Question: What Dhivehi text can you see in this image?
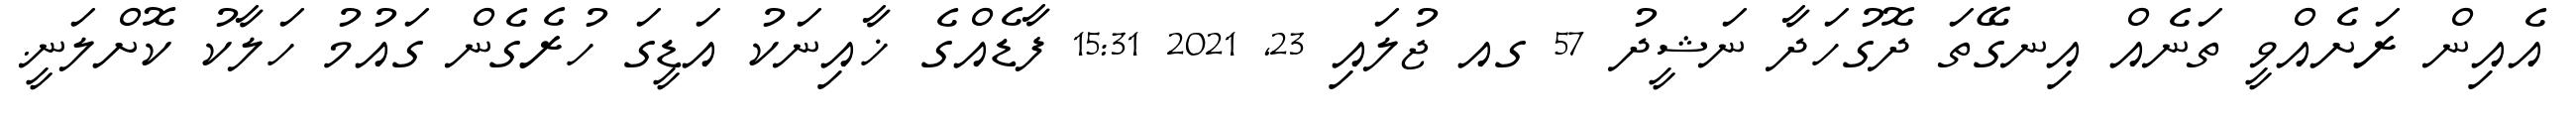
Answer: އެއިން ރަށެއްވީ ތަނެއް އިނގޭތަ ދޮގުހަދާ ނަޝީދު 57 ގއ ޖުލައި 23, 2021 15:31 ފާޑެއްގެ ޚާއިނަކު އަޑީގަ ހުރެގެން ގައުމު ހަލާކު ކޮށްލަނީ.